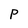
Character: P